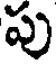
పు